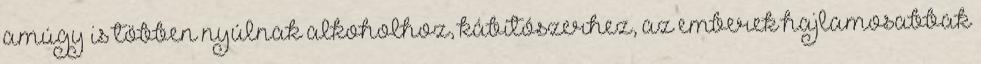
amúgy is többen nyúlnak alkoholhoz, kábítószerhez, az emberek hajlamosabbak